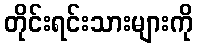
တိုင်းရင်းသားများကို